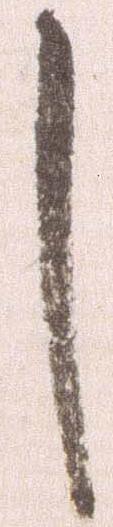
し